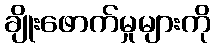
ချိုးဖောက်မှုများကို